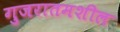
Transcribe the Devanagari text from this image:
गुजरातमशील